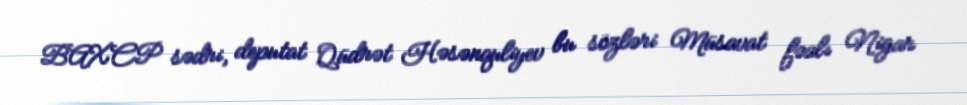
BAXCP sədri, deputat Qüdrət Həsənquliyev bu sözləri Müsavat fəalı Nigar